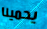
يحمينا